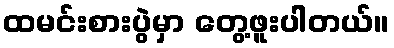
ထမင်းစားပွဲမှာ တွေ့ဖူးပါတယ်။